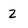
Character: 2